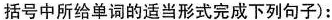
括号中所给单词的适当形式完成下列句子):